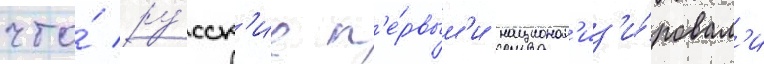
что́ ру́сск'ие п'е́рвым'и национал'из'и́ровал'и